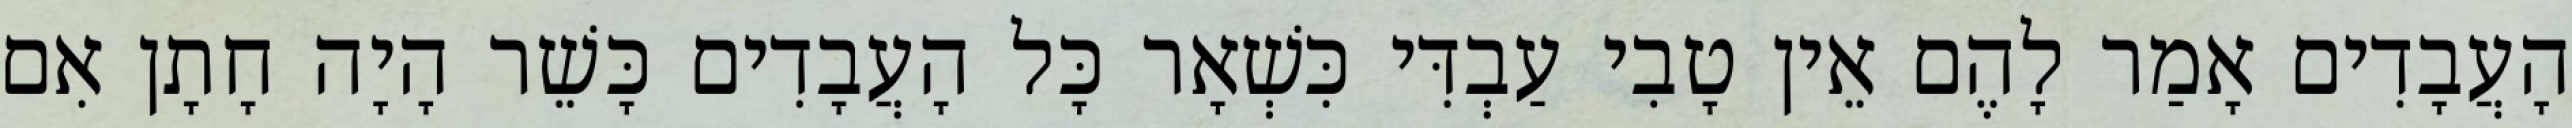
הָעֲבָדִים אָמַר לָהֶם אֵין טָבִי עַבְדִּי כִּשְׁאָר כָּל הָעֲבָדִים כָּשֵׁר הָיָה חָתָן אִם